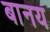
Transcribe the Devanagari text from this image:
बानय